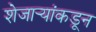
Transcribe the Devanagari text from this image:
शेजार्‍यांकडून